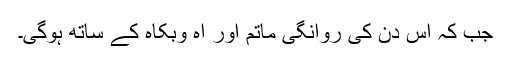
جب کہ اس دن کی روانگی ماتم اور آہ وبکاہ کے ساتھ ہوگی۔